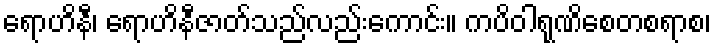
ရောဟိနီ၊ ရောဟိနီဇာတ်သည်လည်းကောင်း။ ကပိဝါရုဏိစေတစရာစ၊